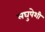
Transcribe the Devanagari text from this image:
लघुपेशी